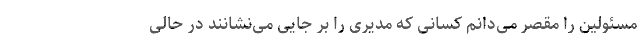
مسئولین را مقصرّ می‌دانم کسانی که مدیری را بر جایی می‌نشانند در حالی